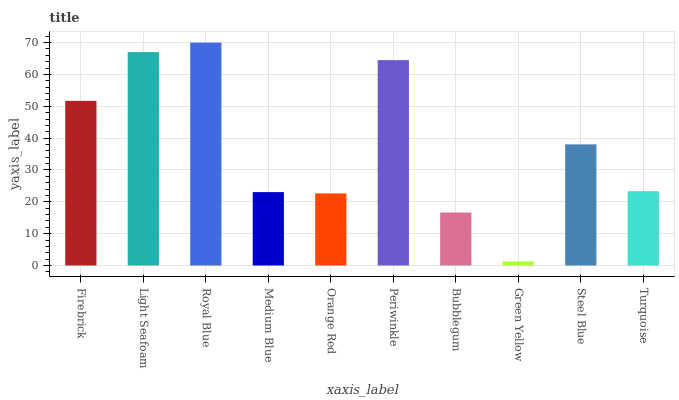
| xaxis_label | bars |
 | --- | --- |
 | Firebrick | 51.7 |
 | Light Seafoam | 67 |
 | Royal Blue | 70 |
 | Medium Blue | 23.1 |
 | Orange Red | 22.6 |
 | Periwinkle | 64.5 |
 | Bubblegum | 16.6 |
 | Green Yellow | 1.29 |
 | Steel Blue | 38 |
 | Turquoise | 23.3 |